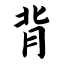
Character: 背